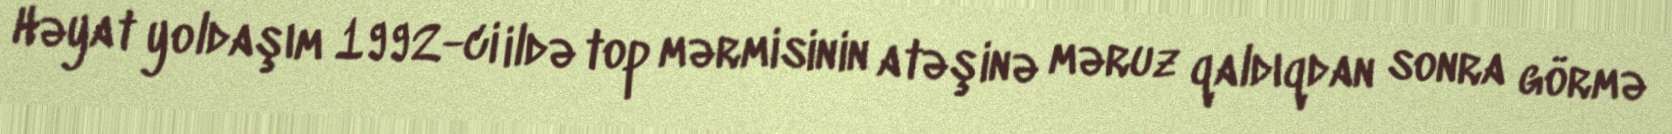
Həyat yoldaşım 1992-ci ildə top mərmisinin atəşinə məruz qaldıqdan sonra görmə